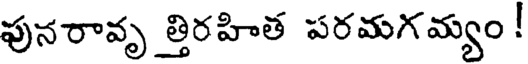
ఫునరావృ త్తిరహిత పరమగమ్యం !